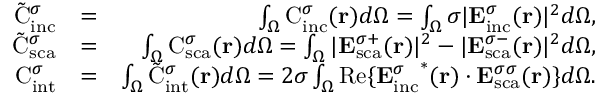
\begin{array} { r l r } { \tilde { \mathrm { { C } } } _ { \mathrm { i n c } } ^ { \sigma } } & { = } & { \int _ { \Omega } \mathrm { { C } } _ { \mathrm { i n c } } ^ { \sigma } ( { \bf r } ) d \Omega = \int _ { \Omega } \sigma | { \bf E } _ { \mathrm { { i n c } } } ^ { \sigma } ( { \bf r } ) | ^ { 2 } d \Omega , } \\ { \tilde { \mathrm { C } } _ { \mathrm { { s c a } } } ^ { \sigma } } & { = } & { \int _ { \Omega } { \mathrm { C } } _ { \mathrm { { s c a } } } ^ { \sigma } ( { \bf r } ) d \Omega = \int _ { \Omega } | { \bf E } _ { \mathrm { s c a } } ^ { \sigma + } ( { \bf r } ) | ^ { 2 } - | { \bf E } _ { \mathrm { { s c a } } } ^ { \sigma - } ( { \bf r } ) | ^ { 2 } d \Omega , } \\ { { \mathrm { C } } _ { \mathrm { { i n t } } } ^ { \sigma } } & { = } & { \int _ { \Omega } \tilde { { \mathrm { C } } } _ { \mathrm { { i n t } } } ^ { \sigma } ( { \bf r } ) d \Omega = 2 \sigma \int _ { \Omega } \mathrm { R e } \{ { { \bf E } _ { \mathrm { i n c } } ^ { \sigma } } ^ { * } ( { \bf r } ) \cdot { { \bf E } _ { \mathrm { { s c a } } } ^ { \sigma \sigma } } ( { \bf r } ) \} d \Omega . } \end{array}